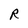
Character: R